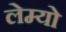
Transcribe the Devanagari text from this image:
लेम्यो